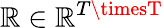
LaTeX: \mathbb{R}\in\mathbb{{\mathbb{R}}}^{T\timesT}